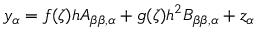
y _ { \alpha } = f ( \zeta ) h A _ { \beta \beta , \alpha } + g ( \zeta ) h ^ { 2 } B _ { \beta \beta , \alpha } + z _ { \alpha }